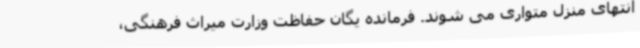
انتهای منزل متواری می شوند. فرمانده یگان حفاظت وزارت میراث فرهنگی،